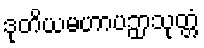
ဒုတိယမဟာပဉှာသုတ္တံ